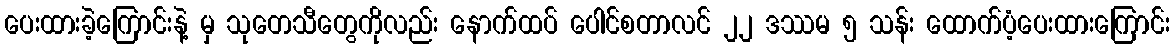
ပေးထားခဲ့ကြောင်းနဲ့ မှ သုတေသီတွေကိုလည်း နောက်ထပ် ပေါင်စတာလင် ၂၂ ဒဿမ ၅ သန်း ထောက်ပံ့ပေးထားကြောင်း